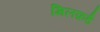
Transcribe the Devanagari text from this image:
मिलफ़र्ड